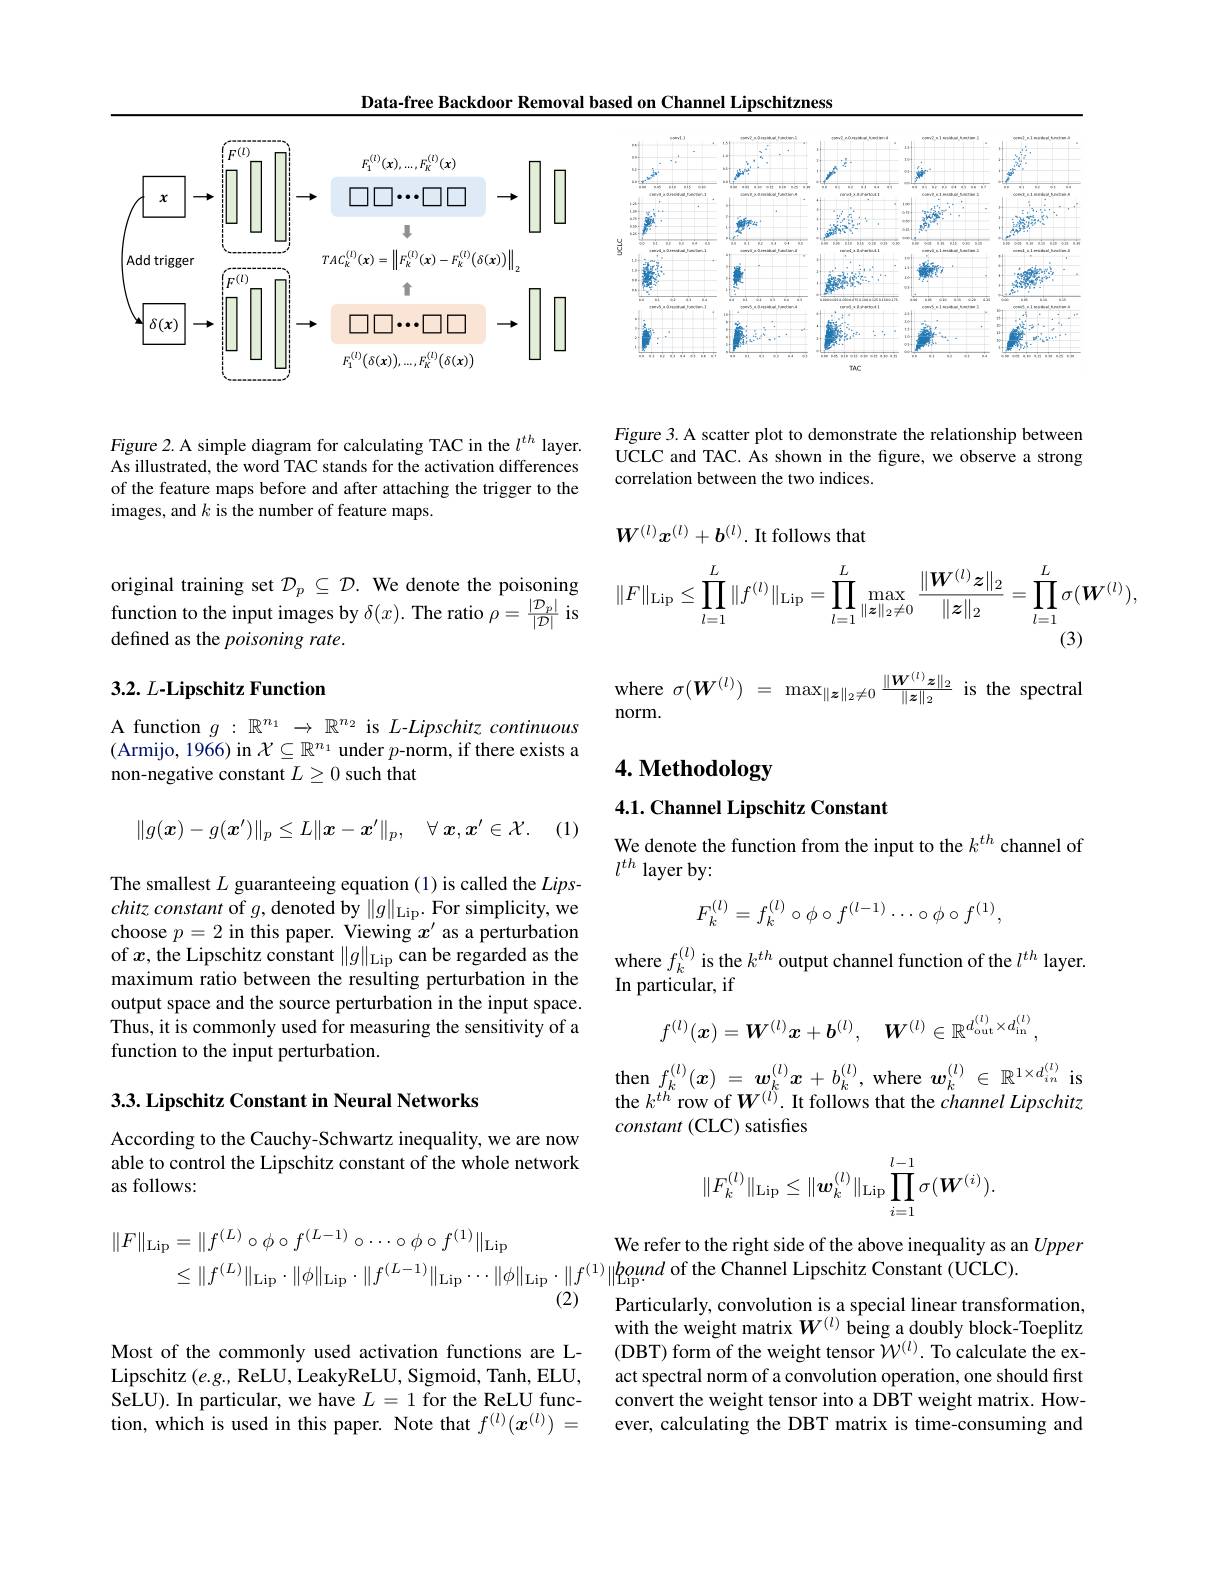
Data-free Backdoor Removal based on Channel Lipschitzness

<FigureHere>

Figure 2. A simple diagram for calculating TAC in the $l^{th}$ layer. As illustrated, the word TAC stands for the activation differences of the feature maps before and after attaching the trigger to the images, and $k$ is the number of feature maps.

original training set $\mathcal{D}_p\subseteq\mathcal{D}.$ We denote the poisoning ${\mathrm{inction~to~the~input~images~by~}\delta(x).~\mathrm{The~ratio~}\rho=\frac{|\mathcal{D}_p|}{|\mathcal{D}|}~\mathrm{is}}$ defined as the poisoning rate.

## 3.2. L-Lipschitz Function

A function $g:\mathbb{R}^n_1\to\mathbb{R}^{n_2}$ is L-Lipschitz continuous (Armijo, 1966) in $\mathcal{X}\subseteq\mathbb{R}^n_1$ under $p$-norm, if there exists a non-negative constant $L\geq0$ such that
$$\|g(\boldsymbol{x})-g(\boldsymbol{x}')\|_p\leq L\|\boldsymbol{x}-\boldsymbol{x}'\|_p,\quad\forall\:\boldsymbol{x},\boldsymbol{x}'\in\mathcal{X}.$$
The smallest $L$ guaranteeing equation (1) is called the $Lips-$ chitz constant of $g$,denoted by $\|g\|_\mathrm{Lip}.$ For simplicity, we choose $p=2$ in this paper. Viewing $x^\prime$ as a perturbation of $x$, the Lipschitz constant $\|g\|_\mathrm{Lip}$ can be regarded as the maximum ratio between the resulting perturbation in the output space and the source perturbation in the input space. Thus, it is commonly used for measuring the sensitivity of a function to the input perturbation.

3.3. Lipschitz Constant in Neural Networks

According to the Cauchy-Schwartz inequality, we are now able to control the Lipschitz constant of the whole network as follows:

Most of the commonly used activation functions are LLipschitz (e.g., ReLU, LeakyReLU, Sigmoid, Tanh, ELU, SeLU). In particular, we have $L=1$ for the ReLU function, which is used in this paper. Note that $f^{(l)}(x^{(l)})=$

<FigureHere>

Figure 3. A scatter plot to demonstrate the relationship between UCLC and TAC. As shown in the figure, we observe a strong correlation between the two indices.

$W^{(l)}x^{(l)}+b^{(l)}.$ It follows that
$$\|F\|_{\mathrm{Lip}}\leq\prod\limits_{l=1}^{L}\|f^{(l)}\|_{\mathrm{Lip}}=\prod\limits_{l=1}^{L}\max\limits_{\|\boldsymbol{z}\|_{2}\neq0}\frac{\|\boldsymbol{W}^{(l)}\boldsymbol{z}\|_{2}}{\|\boldsymbol{z}\|_{2}}=\prod\limits_{l=1}^{L}\sigma(\boldsymbol{W}^{(l)}),$$
where $\sigma(\boldsymbol W^{(l)})~=~\max_{\|\boldsymbol{z}\|_{2}\neq0}\frac{\|\boldsymbol{W}^{(l)}\boldsymbol{z}\|_{2}}{\|\boldsymbol{z}\|_{2}}~$is the spectral
$norm.$

# 4. Methodology

4.1. Channel Lipschitz Constant

(1)

We denote the function from the input to the $k^{th}$ channel of
$l^{th}$ layer by:
$$F_k^{(l)}=f_k^{(l)}\circ\phi\circ f^{(l-1)}\cdots\circ\phi\circ f^{(1)},$$
where $f_k^{(l)}$ is the $k^th$ output channel function of the $l^{th}$ layer.
In particular, if
$$f^{(l)}(\boldsymbol{x})=\boldsymbol{W}^{(l)}\boldsymbol{x}+\boldsymbol{b}^{(l)},\quad\boldsymbol{W}^{(l)}\in\mathbb{R}^{d_{\mathrm{out}}^{(l)}\times d_{\mathrm{in}}^{(l)}},$$
$\begin{array}{l}{\mathrm{then}}f_{k}^{(l)}(\boldsymbol{x})=\boldsymbol{w}_{k}^{(l)}\boldsymbol{x}+b_{k}^{(l)},\mathrm{~where~}\boldsymbol{w}_{k}^{(l)}\in\mathbb{R}^{1\times d_{in}^{(l)}}\mathrm{~is}\\{\mathrm{the~}k^{th}\text{row of}\boldsymbol{W}^{(l)}.\mathrm{~It~follows~that~the~channel~Lipschitz}}\end{array}$
$constant($CLC) satisfies
$$\|F_k^{(l)}\|_{\mathrm{Lip}}\leq\|\boldsymbol{w}_k^{(l)}\|_{\mathrm{Lip}}\prod_{i=1}^{l-1}\sigma(\boldsymbol{W}^{(i)}).$$
We refer to the right side of the above inequality as an Upper
$$\begin{aligned}\|F\|_{\mathrm{Lip}}&=\|f^{(L)}\circ\phi\circ f^{(L-1)}\circ\cdots\circ\phi\circ f^{(1)}\|_{\mathrm{Lip}}&\text{We re}\\&\leq\|f^{(L)}\|_{\mathrm{Lip}}\cdot\|\phi\|_{\mathrm{Lip}}\cdot\|f^{(L-1)}\|_{\mathrm{Lip}}\cdots\|\phi\|_{\mathrm{Lip}}\cdot\|f^{(1)}\|_{\mathrm{Lip}}.\\&&\text{Partic}\end{aligned}$$
of the Channel Lipschitz Constant (UCLC)

Particularly, convolution is a special linear transformation, with the weight matrix $W^{(l)}$ being a doubly block-Toeplitz (DBT) form of the weight tensor $\tilde{\mathcal W}^{(l)}.$ To calculate the exact spectral norm of a convolution operation, one should first convert the weight tensor into a DBT weight matrix. However, calculating the DBT matrix is time-consuming and